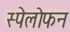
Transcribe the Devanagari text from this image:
स्पेलोफन